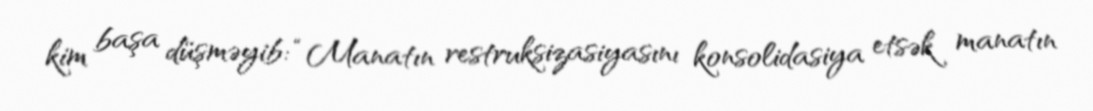
kim başa düşməyib: “Manatın restruksizasiyasını konsolidasiya etsək manatın